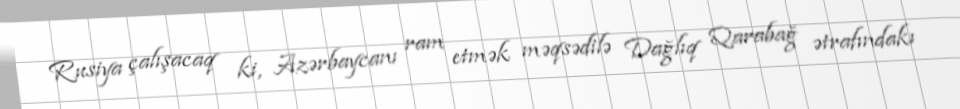
Rusiya çalışacaq ki, Azərbaycanı ram etmək məqsədilə Dağlıq Qarabağ ətrafındakı